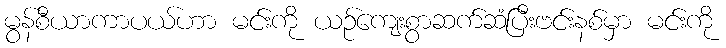
မွန်စီယာကာပယ်ဟာ မင်းကို ယဉ်ကျေးစွာဆက်ဆံပြီးဗင်းနစ်မှာ မင်းကို